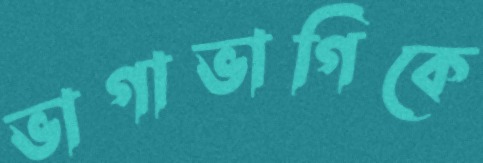
ভাগাভাগিকে